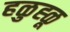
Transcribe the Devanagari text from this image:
हळुह्ळू